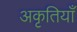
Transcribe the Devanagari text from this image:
अकृतियाँ